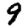
Digit: 9